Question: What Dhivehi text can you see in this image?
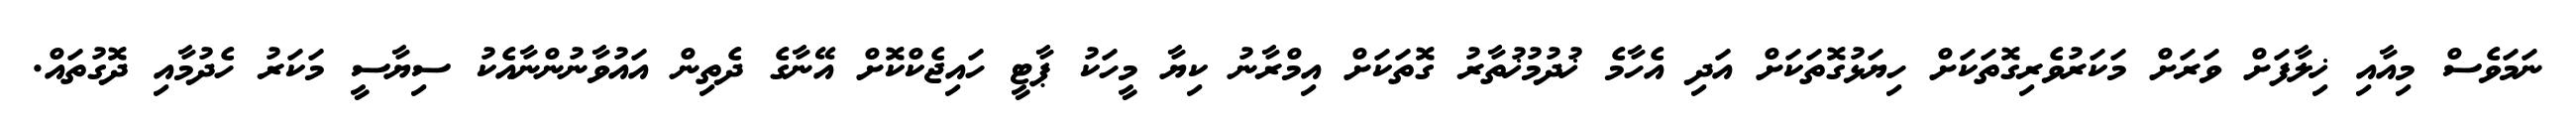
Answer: ނަމަވެސް މިއާއި ޚިލާފަށް ވަރަށް މަކަރުވެރިގޮތަކަށް ހިޔަޅުގޮތަކަށް އަދި އެހާމެ ޚުދުމުޚުތާރު ގޮތަކަށް އިމްރާނު ކިޔާ މީހަކު ޕާޓީ ހައިޖެކްކޮށް އޭނާގެ ދެތިން އައުވާނުންނާއެކު ސިޔާސީ މަކަރު ހެދުމާއި ދޮގުތައް.